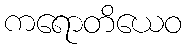
ကရောတိယေဝ